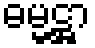
ဓမ္မဋ္ဌာ